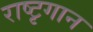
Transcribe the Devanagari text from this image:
राष्टृगान